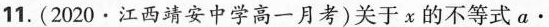
11. (2020·江西靖安中学高一月考)关于x的不等式 $$a \bullet